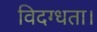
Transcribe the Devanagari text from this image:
विदग्धता।